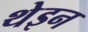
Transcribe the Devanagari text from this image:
थेइन